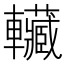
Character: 𰹬